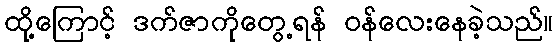
ထို့ကြောင့် ဒက်ဇာကိုတွေ့ရန် ဝန်လေးနေခဲ့သည်။